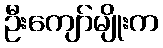
ဦးကျော်မျိုးက